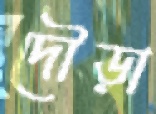
দৌড়া